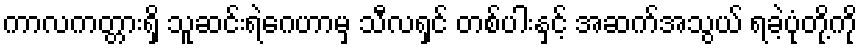
ကာလကတ္တားရှိ သူဆင်းရဲဂေဟာမှ သီလရှင် တစ်ပါးနှင့် အဆက်အသွယ် ရခဲ့ပုံတို့ကို